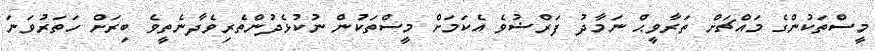
މީސްތަކުންގެ މައްޗަށް ތަރާވީޙް ނަމާދު ފަރްޟުވެ އެކަމަށް މީސްތަކުން ނުކުޅެދުންތެރިވެދާނެތީވެ ބިރަށް ހަތަރުވަނަ